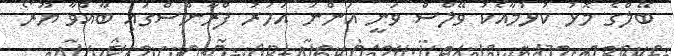
ބޭލްގެ މޮޅު ކުޅުމާއެކު ވޭލްސް ވަނީ އަންނަ އަހަރު ފްރާންސްގައި ބާއްވާ ޔޫރޯ